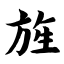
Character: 旌